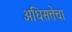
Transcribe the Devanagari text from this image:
अधिसत्तेचा